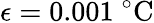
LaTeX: \epsilon=0.001\ {}^{\circ}\mathrm{C}